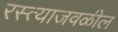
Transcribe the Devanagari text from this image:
रस्त्याजवळील